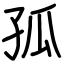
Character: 孤